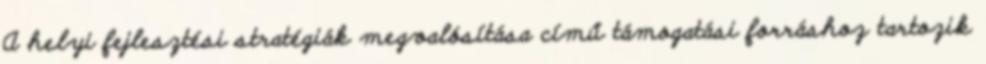
A helyi fejlesztési stratégiák megvalósítása című támogatási forráshoz tartozik